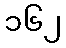
၁၆၂